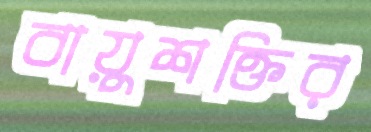
বায়ুশক্তির